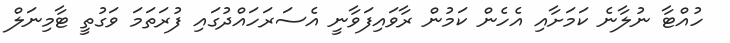
ހުއްޓާ ނުލާނެ ކަމަށާއި އެހެން ކަމުން ރާވައިފަވާނީ އެސަރަހައްދުގައި ފުރަތަމަ ވަގުތީ ޓާމިނަލް